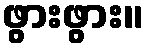
ဖွားဖွား။